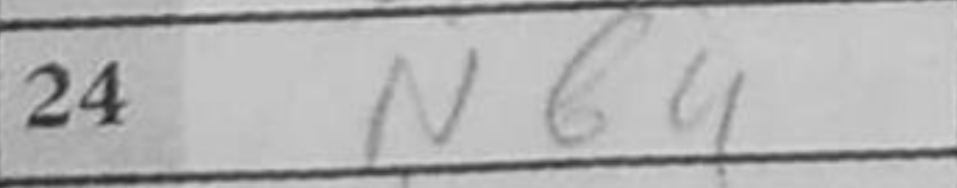
Transcription: Nb4